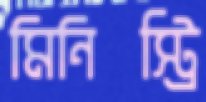
মিনিস্ট্রি